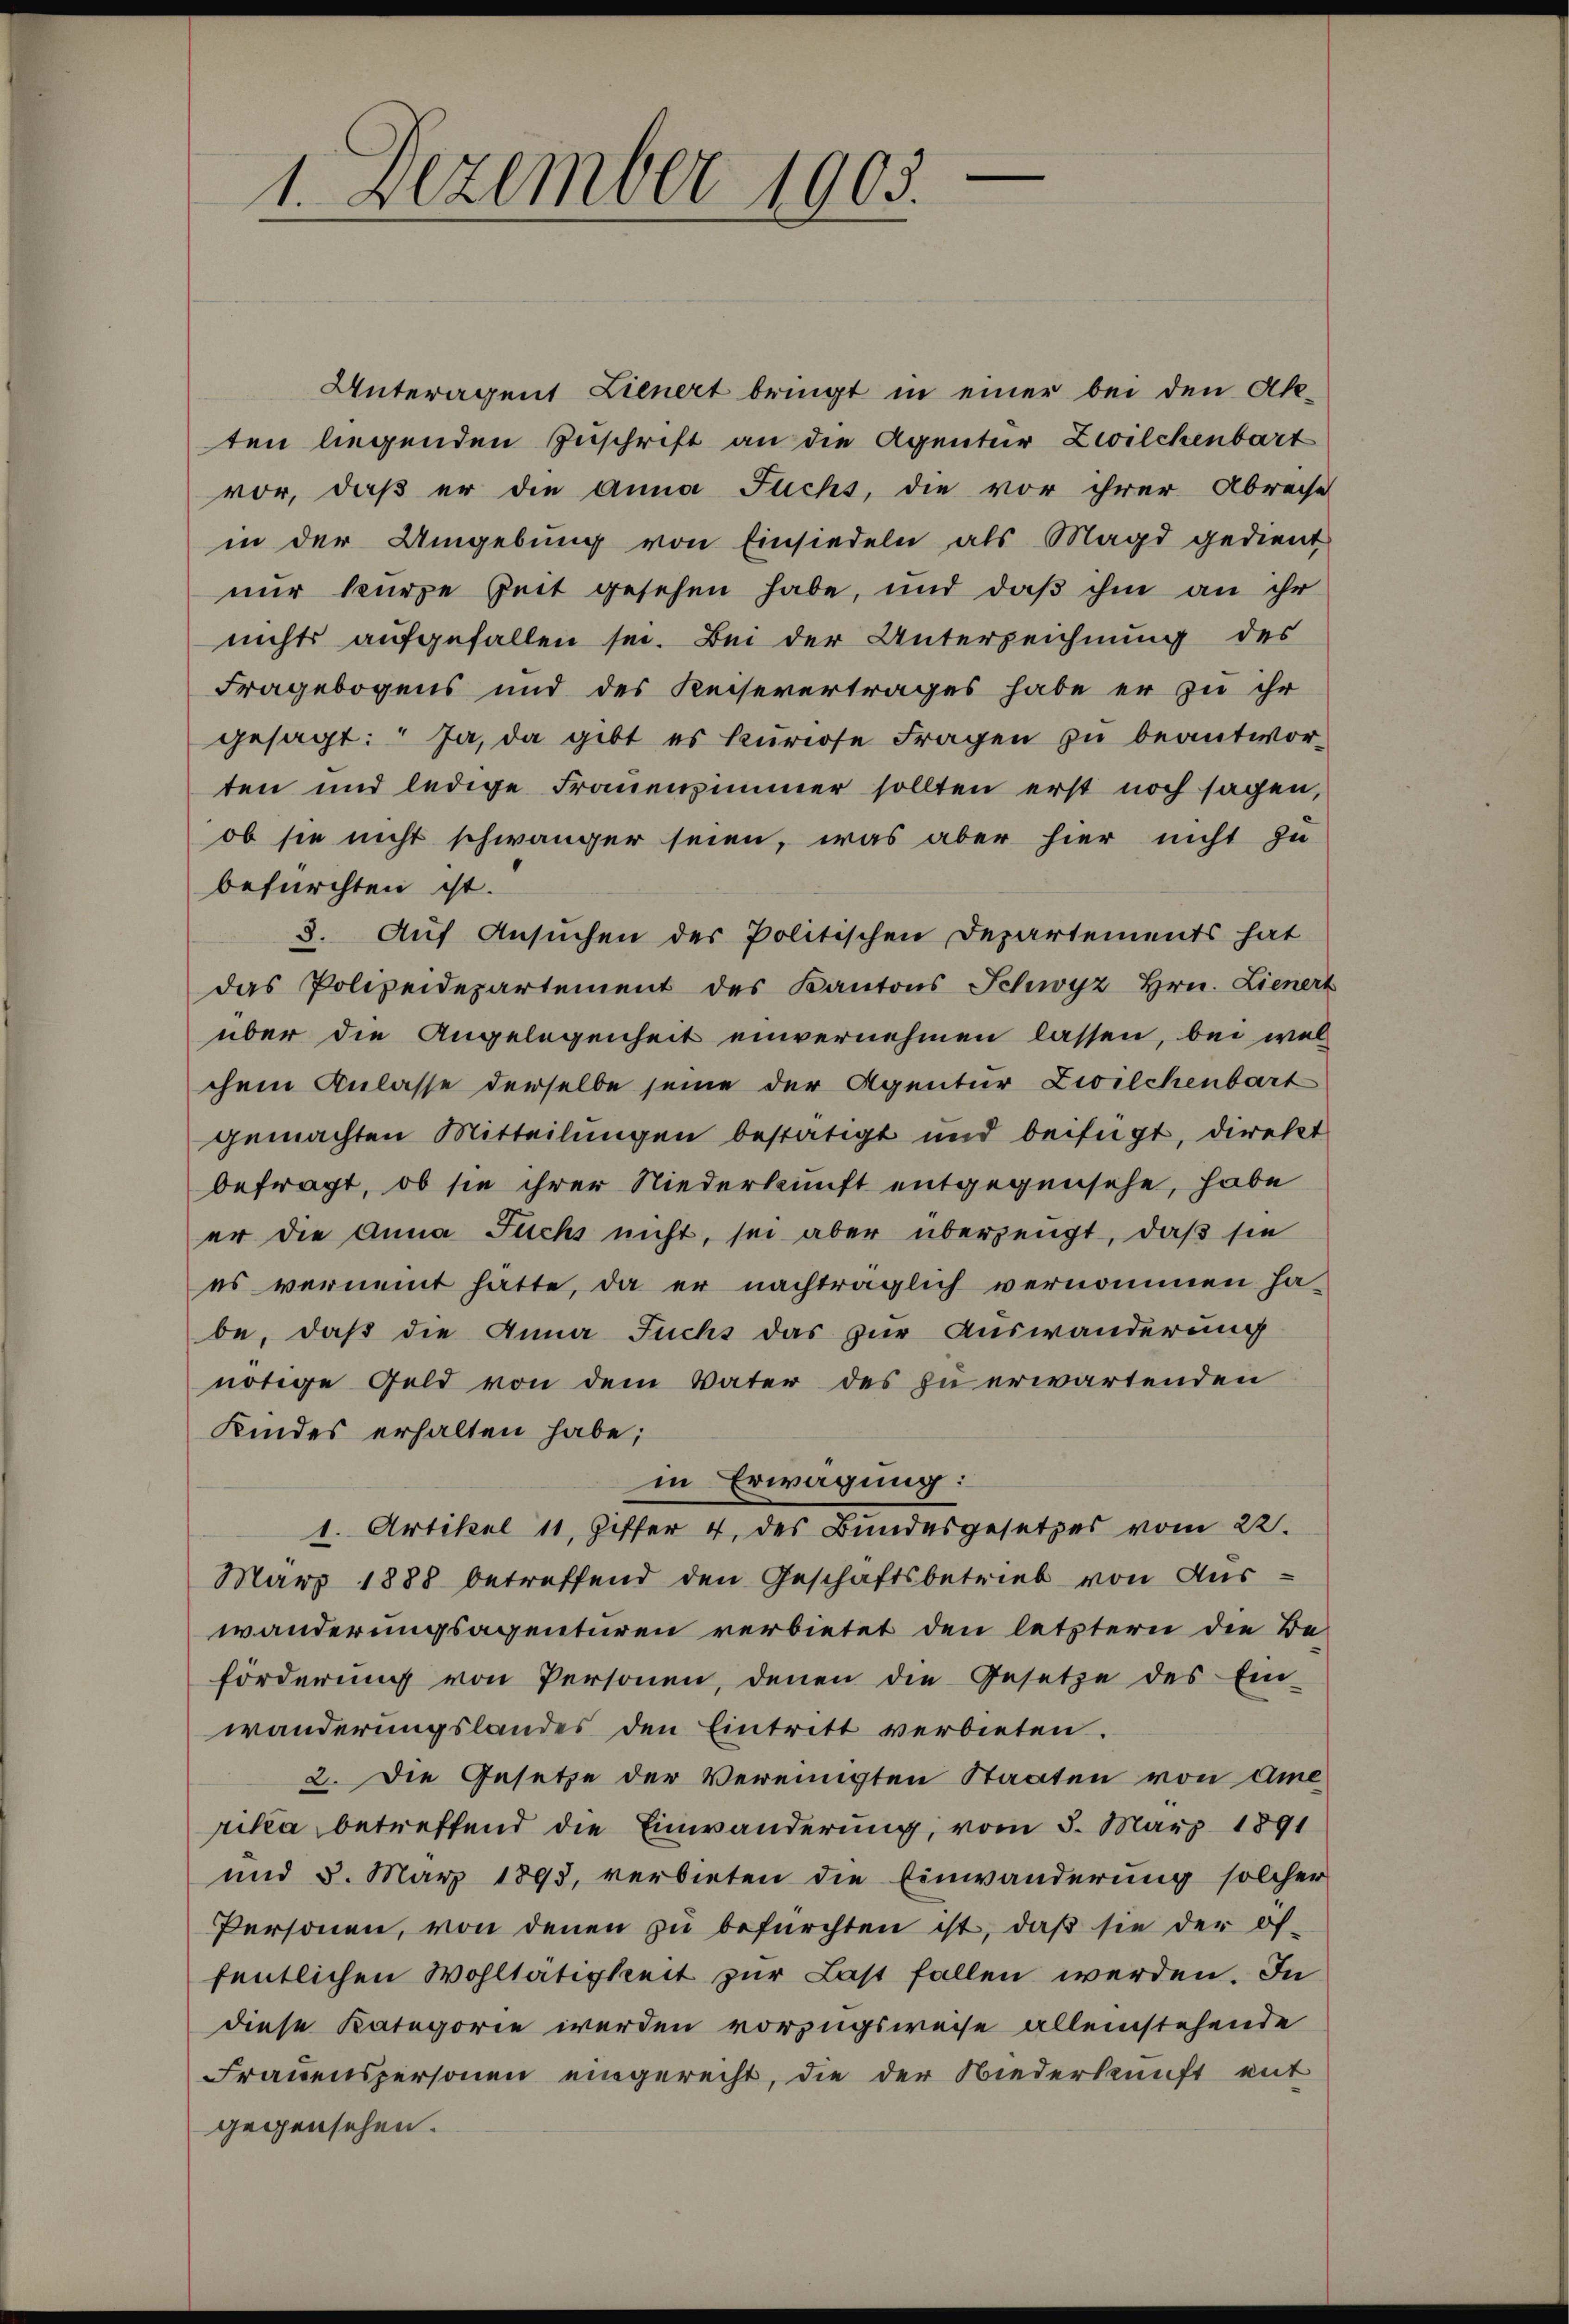
1. Dezember 1903.

Unteragent Lienert bringt in einer bei den Ab-
ten liegenden Inschrift an die Agentur Zwilchenbart
vor, daß er die anna Fuchs, die vor ihrer Abreise
in der Umgebung von Einsiedeln als Magd gedient
nur kurze Zeit gesehen habe, und daß ihm an ihr
nichts aufgefallen sei. Bei der Unterzeichnung des
Fragebogens und des Keisevertrages habe er zu ihr
gesagt: Ja, da gibt es kuriose Fragen zu beantworten und ledige Frauenzimmer sollten erst noch sagen,
ob sie nicht schwänger seien, was aber hier nicht zu
befürchten ist.
3. Auf Ansuchen der Politischen Departements hat
das Polizeidepartement des Kantons Schwyz Hrn. Lienert
über die Angelegenheit einvernehmen lassen, bei welchem Anlasse derselbe seine der Agentur Zwilchenbart
gemachten Mitteilungen bestätigt und beifügt, direkt
befragt, ob sie ihrer Niederkunft entgegensehe, habe
er die Anna Fuchs nicht, sei aber überzeugt, daß sie
es vernennt hätte, da er nachträglich vernommen habe, daß die Anna Fuchs das zur Auswanderung
nötige Geld von dem Vater des zu erwartenden
Kindes erhalten habe;
in Erwägung:
1. Artikel 11, Ziffer 4. des Bundesgesetzes vom 22.
März 1888 betreffend den Geschäftsbetrieb von Auswänderungsagenturen verbietet den letztern die Be-
förderung von Personen, denen die Gesetze des Ein-
wanderungslandes den Eintritt verbieten.
2. Die Gesetze der Vereinigten Staaten von Ame
rika betreffend die Einwänderung, vom 5. März 1891
und 5. März 1893, verbieten die Einwanderung solcher
Personen, von denen zu befürchten ist, daß sie der öffentlichen Wohltätigkeit zur Last fallen werden. In
diese Kategorie werden vorzugsweise alleinstehende
Frauenspersonen eingerecht, die der Niederkunft mit
gegensehen.